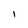
Character: I